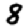
Digit: 8